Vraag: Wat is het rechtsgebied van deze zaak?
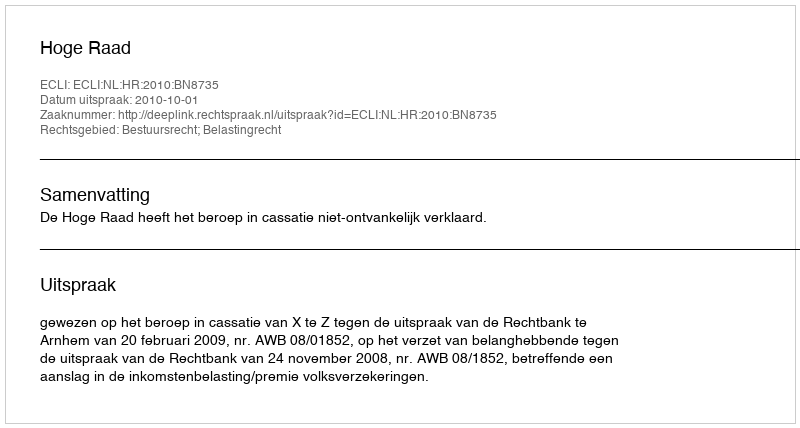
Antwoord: Bestuursrecht; Belastingrecht